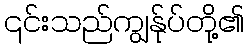
၎င်းသည်ကျွန်ုပ်တို့၏